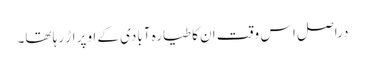
دراصل اس وقت ان کا طیارہ آبادی کے اوپر اڑ رہا تھا۔